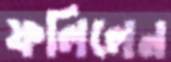
ফলিলেন